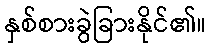
နှစ်စားခွဲခြားနိုင်၏။